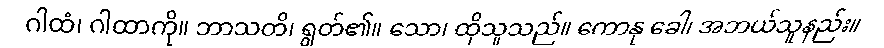
ဂါထံ၊ ဂါထာကို။ ဘာသတိ၊ ရွတ်၏။ သော၊ ထိုသူသည်။ ကောနု ခေါ၊ အဘယ်သူနည်း။